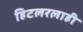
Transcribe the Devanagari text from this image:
हिटलरलाही